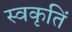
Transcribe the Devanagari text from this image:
स्वकृतिं